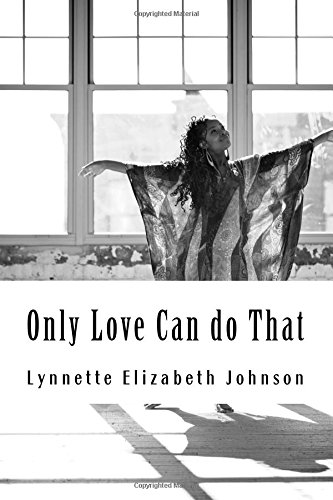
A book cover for Only Love Can do That: A collection of poetry inspired by love; Lynnette Elizabeth Johnson; Literature & Fiction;